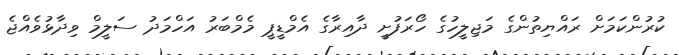
ކުރުންކަމަށް ރައްޔިތުންގެ މަޖިލީހުގެ ހޯރަފުށީ ދާއިރާގެ އެމްޑީޕީ މެމްބަރު އަހްމަދު ސަލީމް ވިދާޅުވެއްޖެ